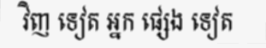
វិញ ទៀត អ្នក ផ្សេង ទៀត